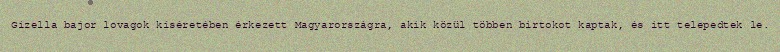
Gizella bajor lovagok kíséretében érkezett Magyarországra, akik közül többen birtokot kaptak, és itt telepedtek le.